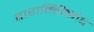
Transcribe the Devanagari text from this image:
वारान्निकोव